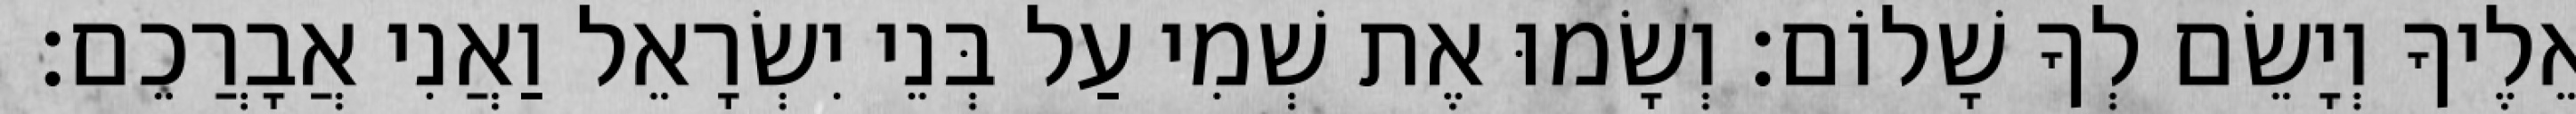
אֵלֶיךָ וְיָשֵׂם לְךָ שָׁלוֹם׃ וְשָׂמוּ אֶת שְׁמִי עַל בְּנֵי יִשְׂרָאֵל וַאֲנִי אֲבָרֲכֵם׃